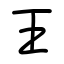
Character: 王